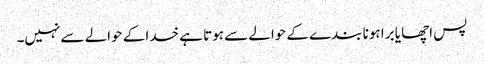
پس اچھا یا برا ہونا بندے کے حوالے سے ہوتا ہے خدا کے حوالے سے نہیں۔